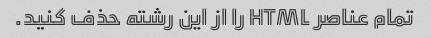
تمام عناصر HTML را از این رشته حذف کنید.